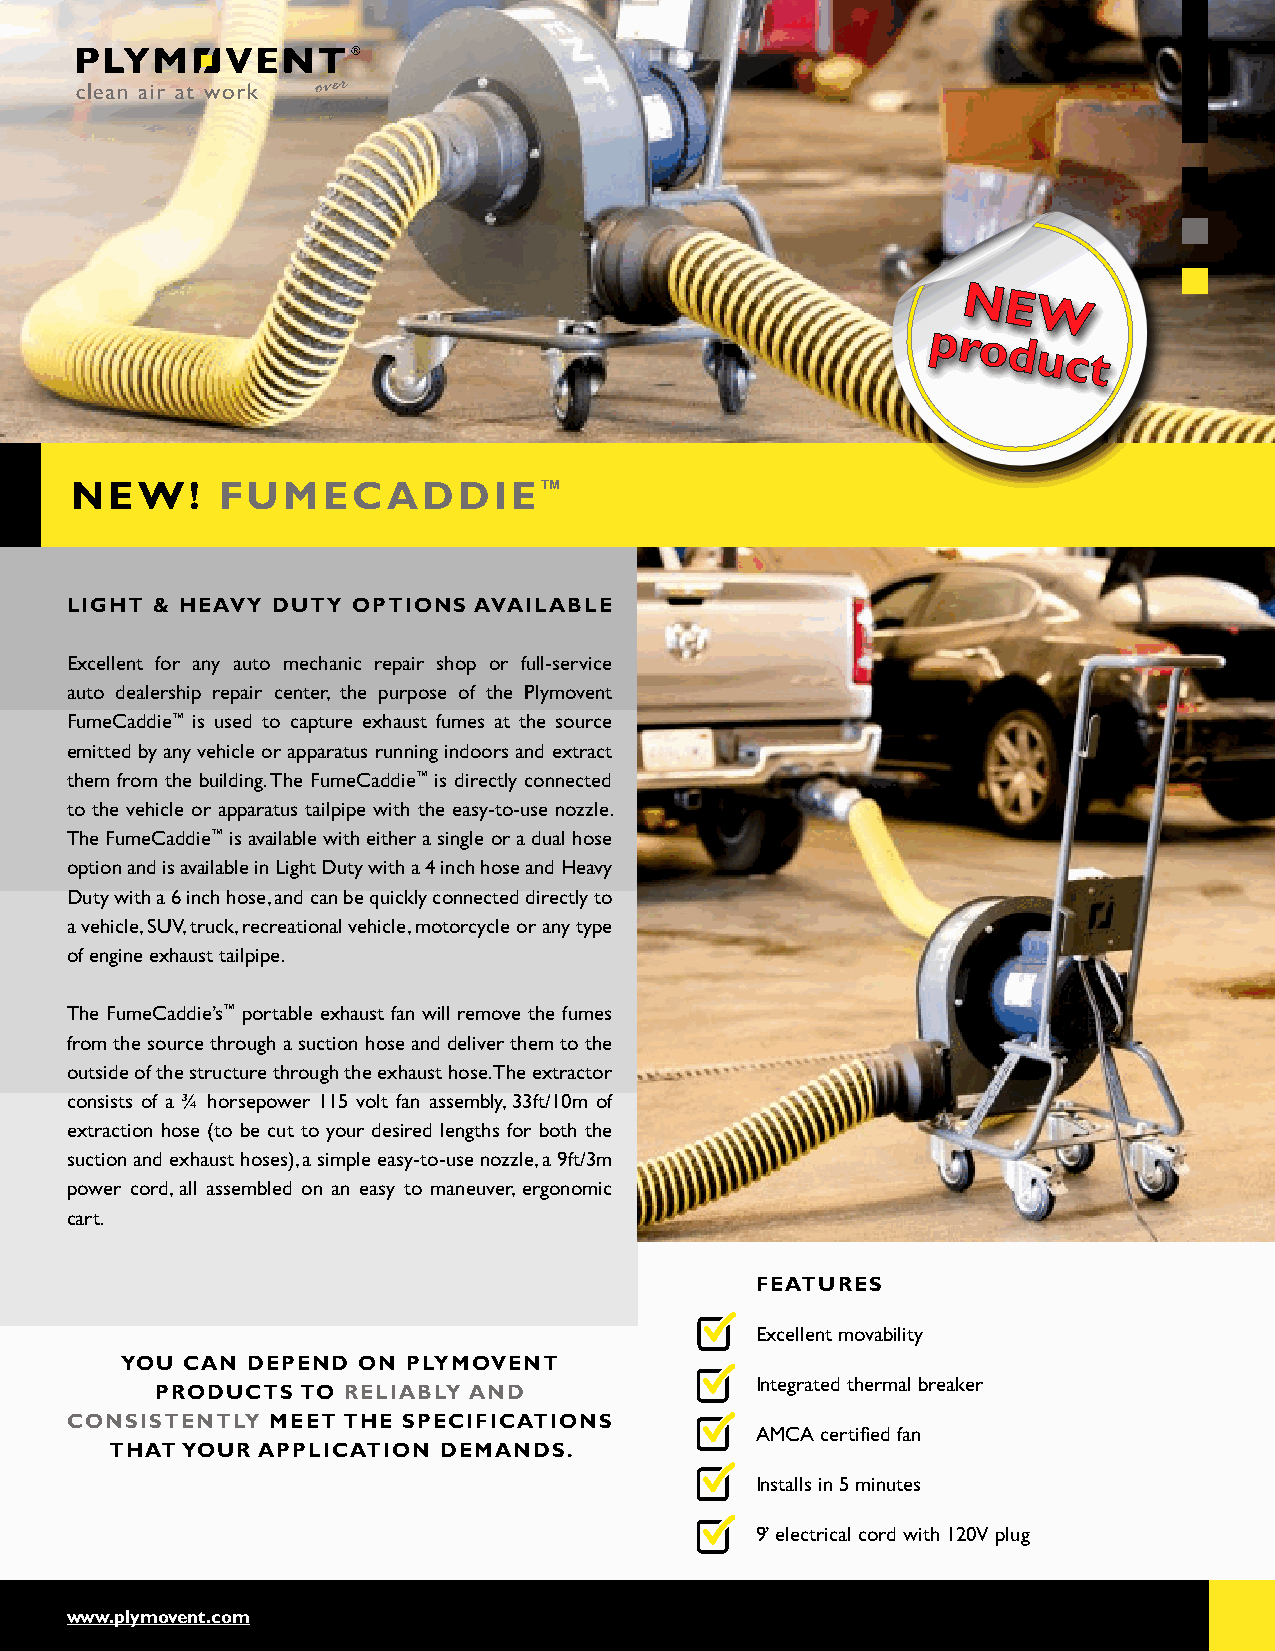
NNuEe
 Wvo
 pprroodduucctot
 NEW!     FUMECADDIE™
 LIGHT & HEAVY DUTY OPTIONS AVAILABLE
 Excellent for any auto mechanic repair shop or full-service
 auto dealership repair center, the purpose of the Plymovent
 FumeCaddie™ is used to capture exhaust fumes at the source
 emitted by any vehicle or apparatus running indoors and extract
 them from the building. The FumeCaddie™ is directly connected
 to the vehicle or apparatus tailpipe with the easy-to-use nozzle.
 The FumeCaddie™ is available with either a single or a dual hose
 option and is available in Light Duty with a 4 inch hose and Heavy
 Duty with a 6 inch hose, and can be quickly connected directly to
 a vehicle, SUV, truck, recreational vehicle, motorcycle or any type
 of engine exhaust tailpipe.
 The FumeCaddie’s™ portable exhaust fan will remove the fumes
 from the source through a suction hose and deliver them to the
 outside of the structure through the exhaust hose. The extractor
 consists of a ¾ horsepower 115 volt fan assembly, 33ft/10m of
 extraction hose (to be cut to your desired lengths for both the
 suction and exhaust hoses), a simple easy-to-use nozzle, a 9ft/3m
 power cord, all assembled on an easy to maneuver, ergonomic
 cart.
 FEATURES
 Excellent movability
 YOU CAN DEPEND  ON PLYMOVENT
 Integrated thermal breaker
 PRODUCTS  TO RELIABLY AND
 CONSISTENTLY  MEET THE SPECIFICATIONS
 AMCA certified fan
 THAT YOUR APPLICATION DEMANDS.
 Installs in 5 minutes
 9’ electrical cord with 120V plug
 www.plymovent.com